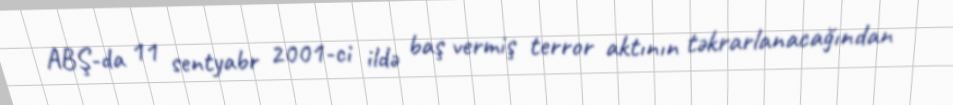
ABŞ-da 11 sentyabr 2001-ci ildə baş vermiş terror aktının təkrarlanacağından